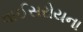
વાઈસરોયના